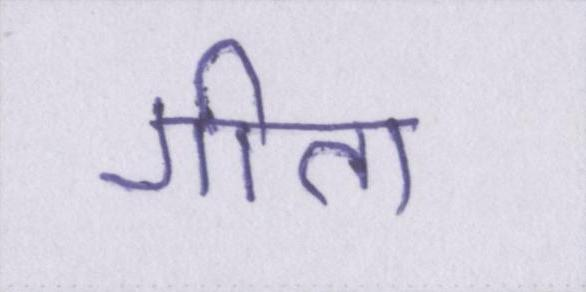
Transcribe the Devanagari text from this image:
गीता